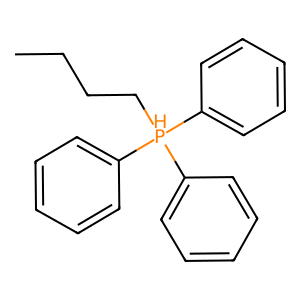
SMILES: CCCC[PH](c1ccccc1)(c1ccccc1)c1ccccc1
Inhibits HIV replication: No